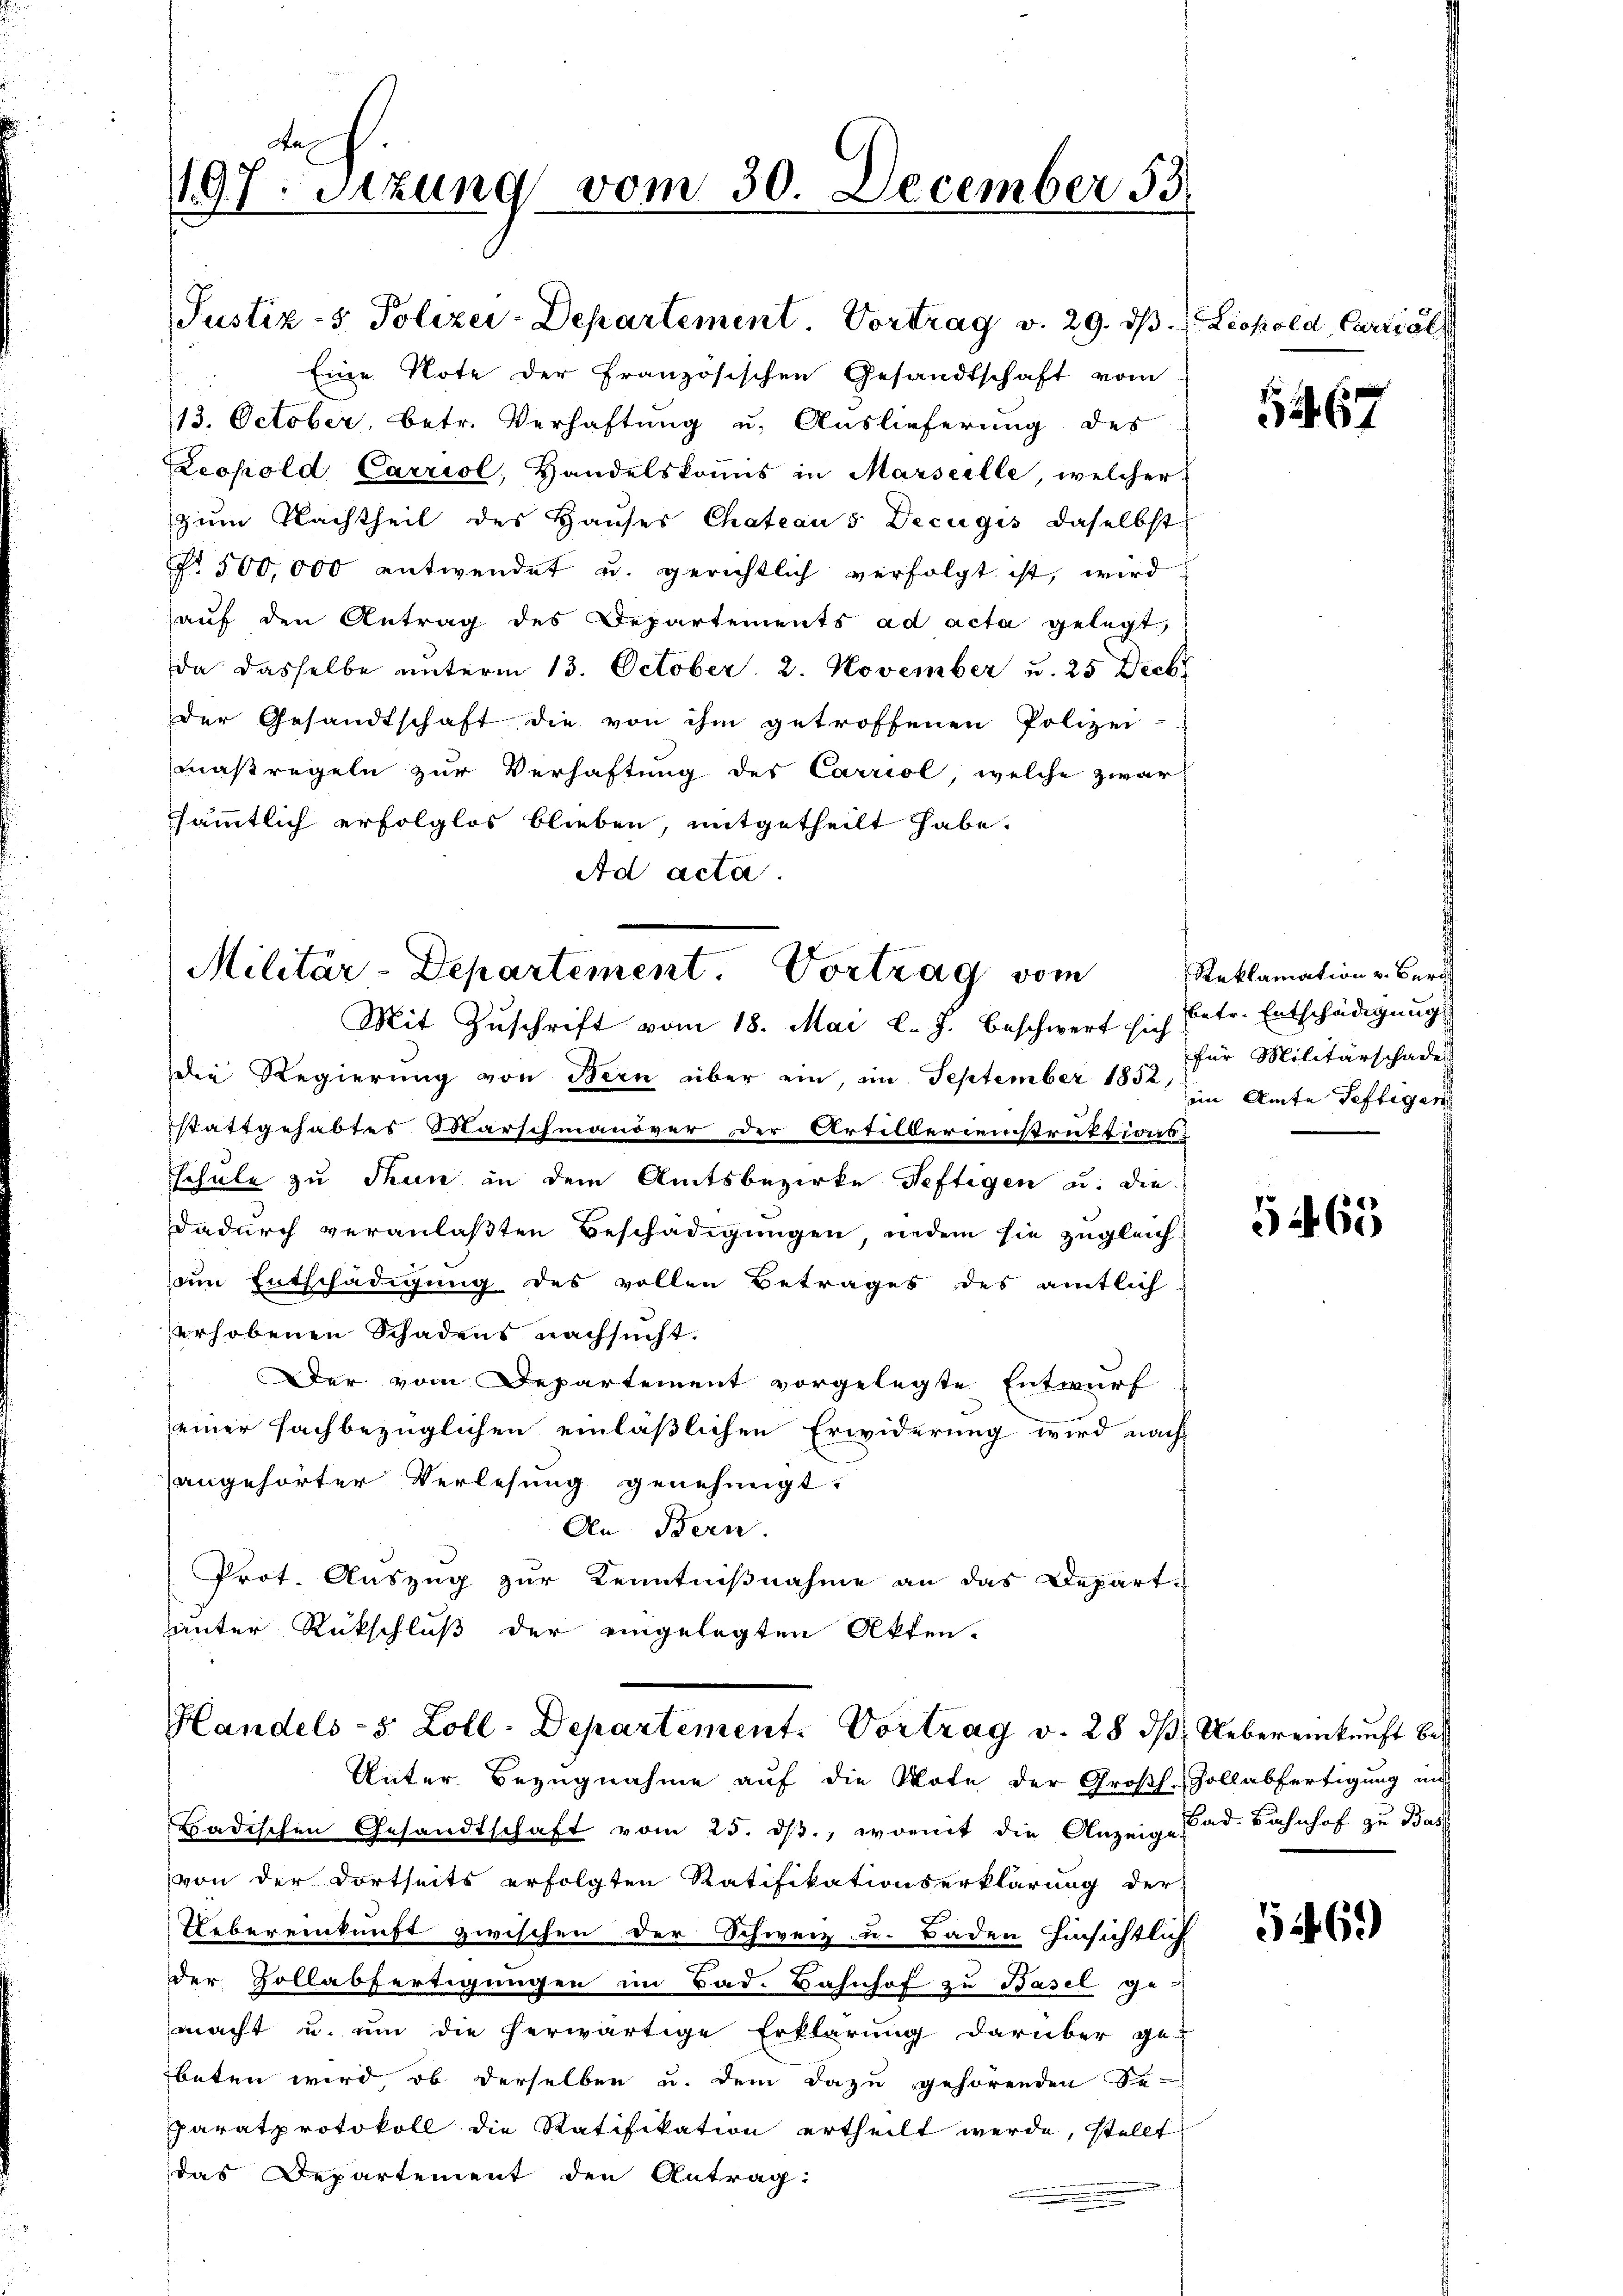
dn
197. Sitzung vom 30. December 33.

Justiz- & Polizei-Departement. Vortrag v. 29. dβ.  Leopold, Carriol
Eine Note der Französischen Gesandtschaft vom
13. October, betr. Verhaftung u. Auslieferung des
Leopold Carriol, Handelskomis in Marseille, welcher
zum Nachtheil des Haŭses Chateaus Decugis, daselbst
No. 500,000 entwendet u. gerichtlich verfolgt ist, wird
aŭf den Antrag des Departements ad acta gelegt,
da dasselbe unterm 13. October. 2. November u. 25 Decbr
der Gesandtschaft die von ihm getroffenen Polizei-
maßregeln zur Verhaftung des Carriol, welche zwar
sämmtlich erfolglos blieben, mitgetheilt habe.
Ad acta

Militär-Departement. Vortrag vom
Mit Zuschrift vom 18. Mai l. J. beschwert sich

Handels- 5 Zoll-Departement. Vortrag v. 28 d

die Regierung von Bern über ein, im September 185, im Amte Seftigen
stattgehabtes Marschmanöver der Artillerienstruktionsschule zu Thun an dem Amtsbezirke Heftigen u. die
dadurch veranlaßten Beschädigungen, indem sie zugleich
sein Entschädigung des vollen Betrages des amtlich-
erhobenen Schadens nachsucht.
Der vom Departement vorgelegte Entwurf
einer sachbezüglichen einläßlichen Erwiderung wird nach
angehörter Verlesung genehmigt.
An Bern.
Prot. Auszug zur Kenntnißnahme an das Depart-
hunter Rückschluß der eingelegten Akten.

Unter Bezugnahme auf die Note der Großh-Zollabfertigung und
Badischen Gesandtschaft vom 25. dβ. womit die Anzeig-Pad. Bahnhof zu Bas
von der dortseits erfolgten Ratifikationserklärung der
Uebereinkunft zwischen der Schweiz u. Baden hinsichtlich
der Hollabfertigungen im Bad. Bahnhof zu Basel ge-
macht u. um die herwärtige Erklärung darüber ge-
beten wird, ob derselben u. dem dazu gehörenden Se-
paratprotokoll die Ratifikation ertheilt werde, stellt
das Departement den Antrag:

67

Reklamation v. Berg
betr. Entschädigung
für Militärschaden

5463

S. Uebereinkunft bes

5469